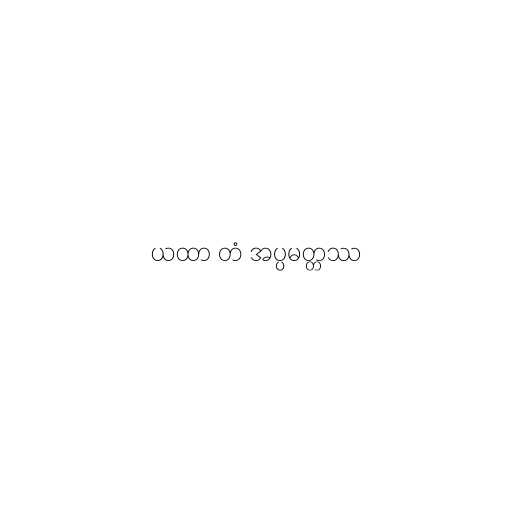
ယထာ တံ အပ္ပမတ္တဿ